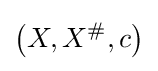
\left(X,X^{\#},c\right)